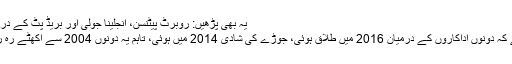
یہ بھی پڑھیں: روبرٹ پیٹنسن، انجلینا جولی اور بریڈ پٹ کے درمیان آگئے
خیال رہے کہ دونوں اداکاروں کے درمیان 2016 میں طلاق ہوئی، جوڑے کی شادی 2014 میں ہوئی، تاہم یہ دونوں 2004 سے اکھٹے رہ رہے تھے۔